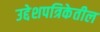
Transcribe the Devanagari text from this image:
उद्देशपत्रिकेतील